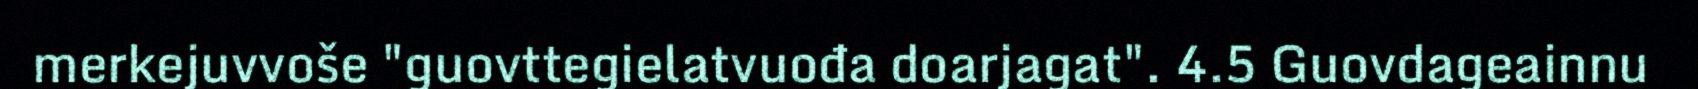
merkejuvvoše "guovttegielatvuođa doarjagat". 4.5 Guovdageainnu